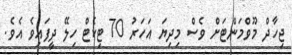
ޖިހާދް މޫވްމަންޓަށް ވެސް މިދިޔަ އަހަރު 70 ޓިކެޓް ހިލޭ ދީފައިވެ އެވެ.